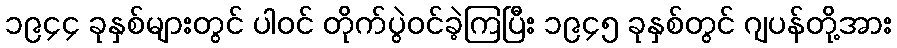
၁၉၄၄ ခုနှစ်များတွင် ပါဝင် တိုက်ပွဲဝင်ခဲ့ကြပြီး ၁၉၄၅ ခုနှစ်တွင် ဂျပန်တို့အား